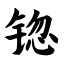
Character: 锪